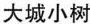
大城小树